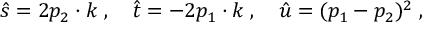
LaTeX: \hat { s } = 2 p _ { 2 } \cdot k \; , \quad \hat { t } = - 2 p _ { 1 } \cdot k \; , \quad \hat { u } = ( p _ { 1 } - p _ { 2 } ) ^ { 2 } \; ,